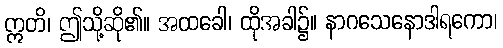
ဣတိ၊ ဤသို့ဆို၏။ အထခေါ၊ ထိုအခါ၌။ နာဂသေနောဒါရကော၊